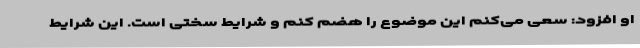
او افزود: سعی می‌کنم این موضوع را هضم کنم و شرایط سختی است. این شرایط